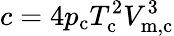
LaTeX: c=4p_{\mathrm{c}}T_{\mathrm{c}}^{2}V_{\mathrm{m,c}}^{3}